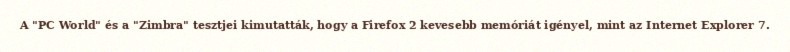
A "PC World" és a "Zimbra" tesztjei kimutatták, hogy a Firefox 2 kevesebb memóriát igényel, mint az Internet Explorer 7.